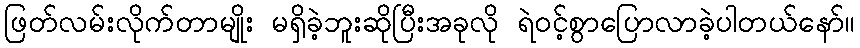
ဖြတ်လမ်းလိုက်တာမျိုး မရှိခဲ့ဘူးဆိုပြီးအခုလို ရဲဝင့်စွာပြောလာခဲ့ပါတယ်နော်။